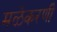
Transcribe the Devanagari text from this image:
मळेकरणी